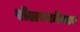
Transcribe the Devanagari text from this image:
रोलरकोस्टर